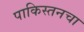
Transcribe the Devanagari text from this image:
पाकिस्तनचा